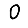
Digit: 0